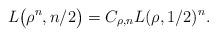
LaTeX: \begin{gather*}L\big(\rho^n, n/2\big)=C_{\rho,n} L(\rho, 1/2)^n.\end{gather*}